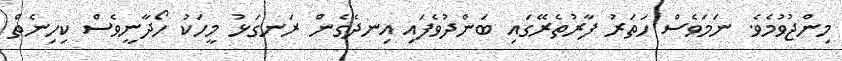
މިންޖުވުމެވެ. ނަމަވެސް ހަތަރު ފާރުތެރޭގައި ބަންދުވެފައި އިނދެގެން ރަނގަޅު މީހަކު ހޯދާނީވެސް ކިހިނެތް